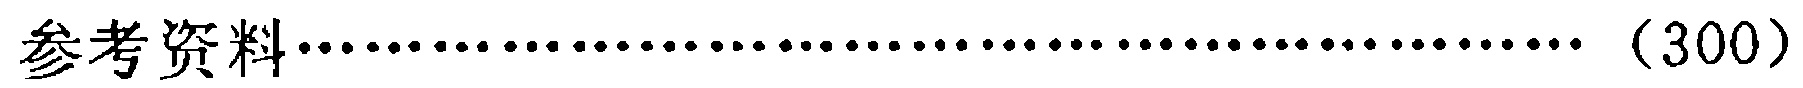
参考文献\dotfill（300）